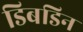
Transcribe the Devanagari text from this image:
डिबडिन